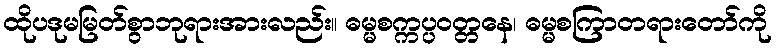
ထိုပဒုမမြတ်စွာဘုရားအားလည်း။ ဓမ္မစက္ကပ္ပဝတ္တနေ၊ ဓမ္မစကြာတရားတော်ကို